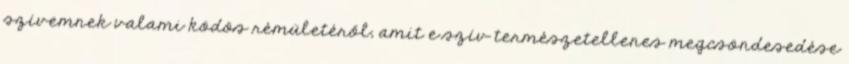
szívemnek valami ködös rémületéről, amit e szív természetellenes megcsöndesedése